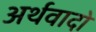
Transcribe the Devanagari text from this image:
अर्थवादो